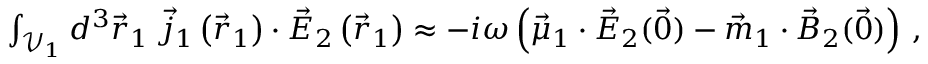
\begin{array} { r } { \int _ { \mathcal { V } _ { 1 } } d ^ { 3 } \vec { r } _ { 1 } \; \vec { j } _ { 1 } \left( \vec { r } _ { 1 } \right) \cdot \vec { E } _ { 2 } \left( \vec { r } _ { 1 } \right) \approx - i \omega \left( \vec { \mu } _ { 1 } \cdot \vec { E } _ { 2 } ( \vec { 0 } ) - \vec { m } _ { 1 } \cdot \vec { B } _ { 2 } ( \vec { 0 } ) \right) \, , } \end{array}